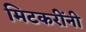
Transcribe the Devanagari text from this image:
मिटकरींनी